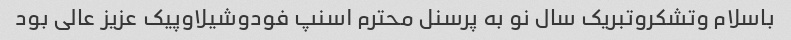
باسلام وتشکروتبریک سال نو به پرسنل محترم اسنپ فودوشیلاوپیک عزیز عالی بود